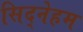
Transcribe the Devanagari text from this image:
सिद्नेहम